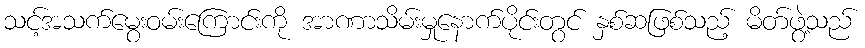
သင့်အသက်မွေးဝမ်းကြောင်းကို အာဏာသိမ်းမှုနောက်ပိုင်းတွင် နှစ်ဆဖြစ်သည့် မိတ်ဖွဲ့သည်